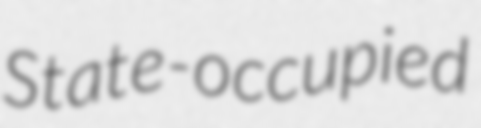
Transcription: State-occupied